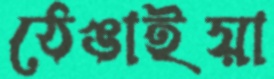
ঠেঙাইয়া